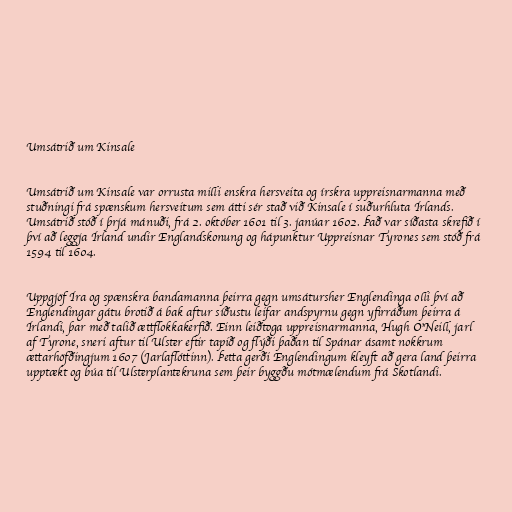
Umsátrið um Kinsale

Umsátrið um Kinsale var orrusta milli enskra hersveita og írskra uppreisnarmanna með
stuðningi frá spænskum hersveitum sem átti sér stað við Kinsale í suðurhluta Írlands.
Umsátrið stóð í þrjá mánuði, frá 2. október 1601 til 3. janúar 1602. Það var síðasta skrefið í
því að leggja Írland undir Englandskonung og hápunktur Uppreisnar Tyrones sem stóð frá
1594 til 1604.

Uppgjöf Íra og spænskra bandamanna þeirra gegn umsátursher Englendinga olli því að
Englendingar gátu brotið á bak aftur síðustu leifar andspyrnu gegn yfirráðum þeirra á
Írlandi, þar með talið ættflokkakerfið. Einn leiðtoga uppreisnarmanna, Hugh O'Neill, jarl
af Tyrone, sneri aftur til Ulster eftir tapið og flýði þaðan til Spánar ásamt nokkrum
ættarhöfðingjum 1607 (Jarlaflóttinn). Þetta gerði Englendingum kleyft að gera land þeirra
upptækt og búa til Ulsterplantekruna sem þeir byggðu mótmælendum frá Skotlandi.